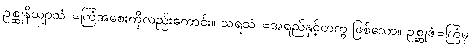
ဥစ္ဆုနိယျာသံ =ကြံအစေးကိုလည်းကောင်း။ သရသံ =အရည်နှင့်တကွ ဖြစ်သော။ ဥစ္ဆုဇံ=ကြံမှ